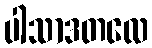
ပါသာဒတလေ